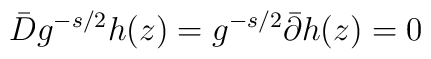
\bar D g^{-s/2} h(z)=g^{-s/2}\bar \partial h(z)=0